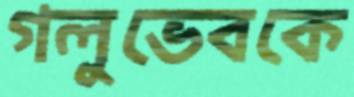
গলুভেবকে